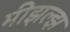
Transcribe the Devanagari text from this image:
मीझल्झ